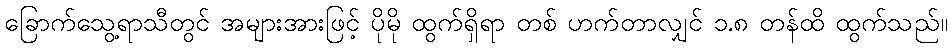
ခြောက်သွေ့ရာသီတွင် အများအားဖြင့် ပိုမို ထွက်ရှိရာ တစ် ဟက်တာလျှင် ၁.၈ တန်ထိ ထွက်သည်။